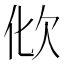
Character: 𣢉